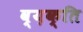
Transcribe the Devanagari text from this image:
व्य़क्ति